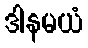
ဒါနမယံ